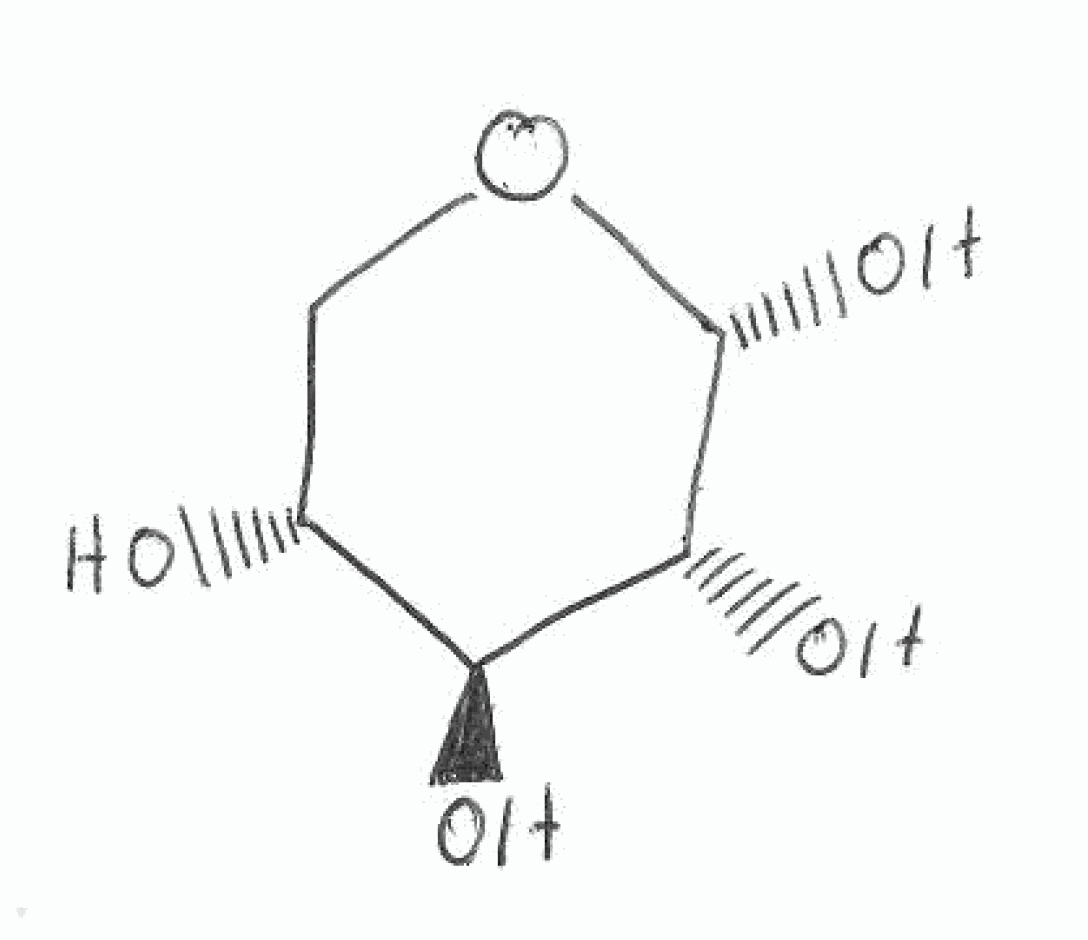
Simplified molecular-input line-entry system (SMILES) notation of the given molecule:
C1[C@H]([C@@H]([C@H]([C@H](O1)O)O)O)O